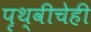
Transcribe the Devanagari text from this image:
पृथ्वीचेही